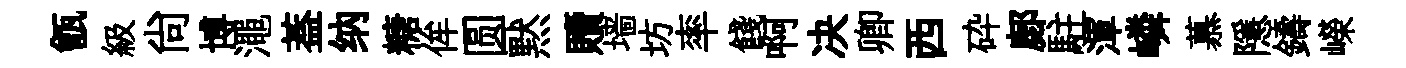
甑級尙博澠葢纳糖侔圆黙贖墙坊率餞啊决卿西砕鄜駐渾嶙慕隱鑄嶸